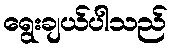
ရွေးချယ်ပါသည်